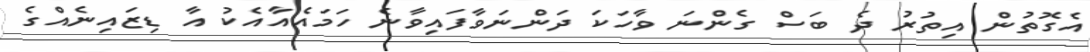
އެގޮތުން އިތުރު ދެ ބަސް ގެންނަ ވާހަކަ ދަންނަވާފައިވާނެ ހަމައެއާއެކު އާ ޑިޒައިނެއްގެ